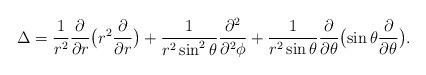
LaTeX: \begin{align*} \Delta = \frac{1}{r^2}\frac{\partial}{\partial r}\bigl( r^2\frac{\partial}{\partial r} \bigr) + \frac{1}{r^2\sin^2\theta}\frac{\partial^2}{\partial^2\phi} + \frac{1}{r^2\sin\theta}\frac{\partial}{\partial\theta} \bigl( \sin\theta\frac{\partial}{\partial\theta} \bigr). \end{align*}